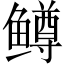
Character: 鳟